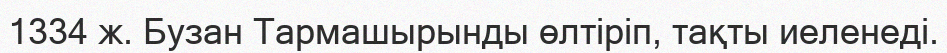
1334 ж. Бузан Тармашырынды өлтіріп, тақты иеленеді.